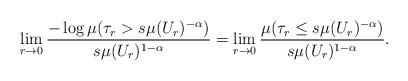
LaTeX: \begin{align*}\lim_{r \to 0} \frac{- \log \mu(\tau_r > s \mu(U_r)^{-\alpha})}{s\mu(U_r)^{1-\alpha}} = \lim_{r \to 0} \frac{\mu(\tau_r \le s\mu(U_r)^{-\alpha})}{s\mu(U_r)^{1-\alpha}}.\end{align*}